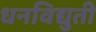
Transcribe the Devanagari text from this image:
धनविद्युती